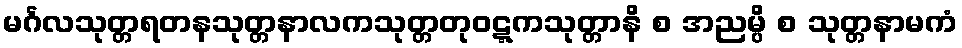
မင်္ဂလသုတ္တရတနသုတ္တနာလကသုတ္တတုဝဋ္ဋကသုတ္တာနိ စ အညမ္ပိ စ သုတ္တနာမကံ